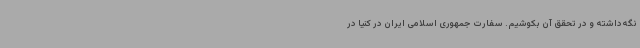
نگه‌داشته و در تحقق آن بکوشیم. سفارت جمهوری اسلامی ایران در کنیا در